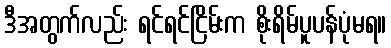
ဒီအတွက်လည်း ရင်ရင်ငြိမ်းက စိုးရိမ်ပူပန်ပုံမရ။